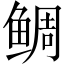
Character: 鲷